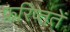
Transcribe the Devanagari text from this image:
फ़रिष्ततें